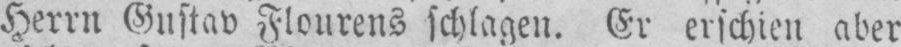
Herrn Gustav Flourens schlagen. Er erschien aber